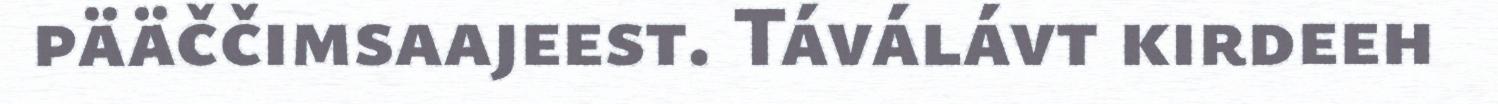
pääččimsaajeest. Táválávt kirdeeh